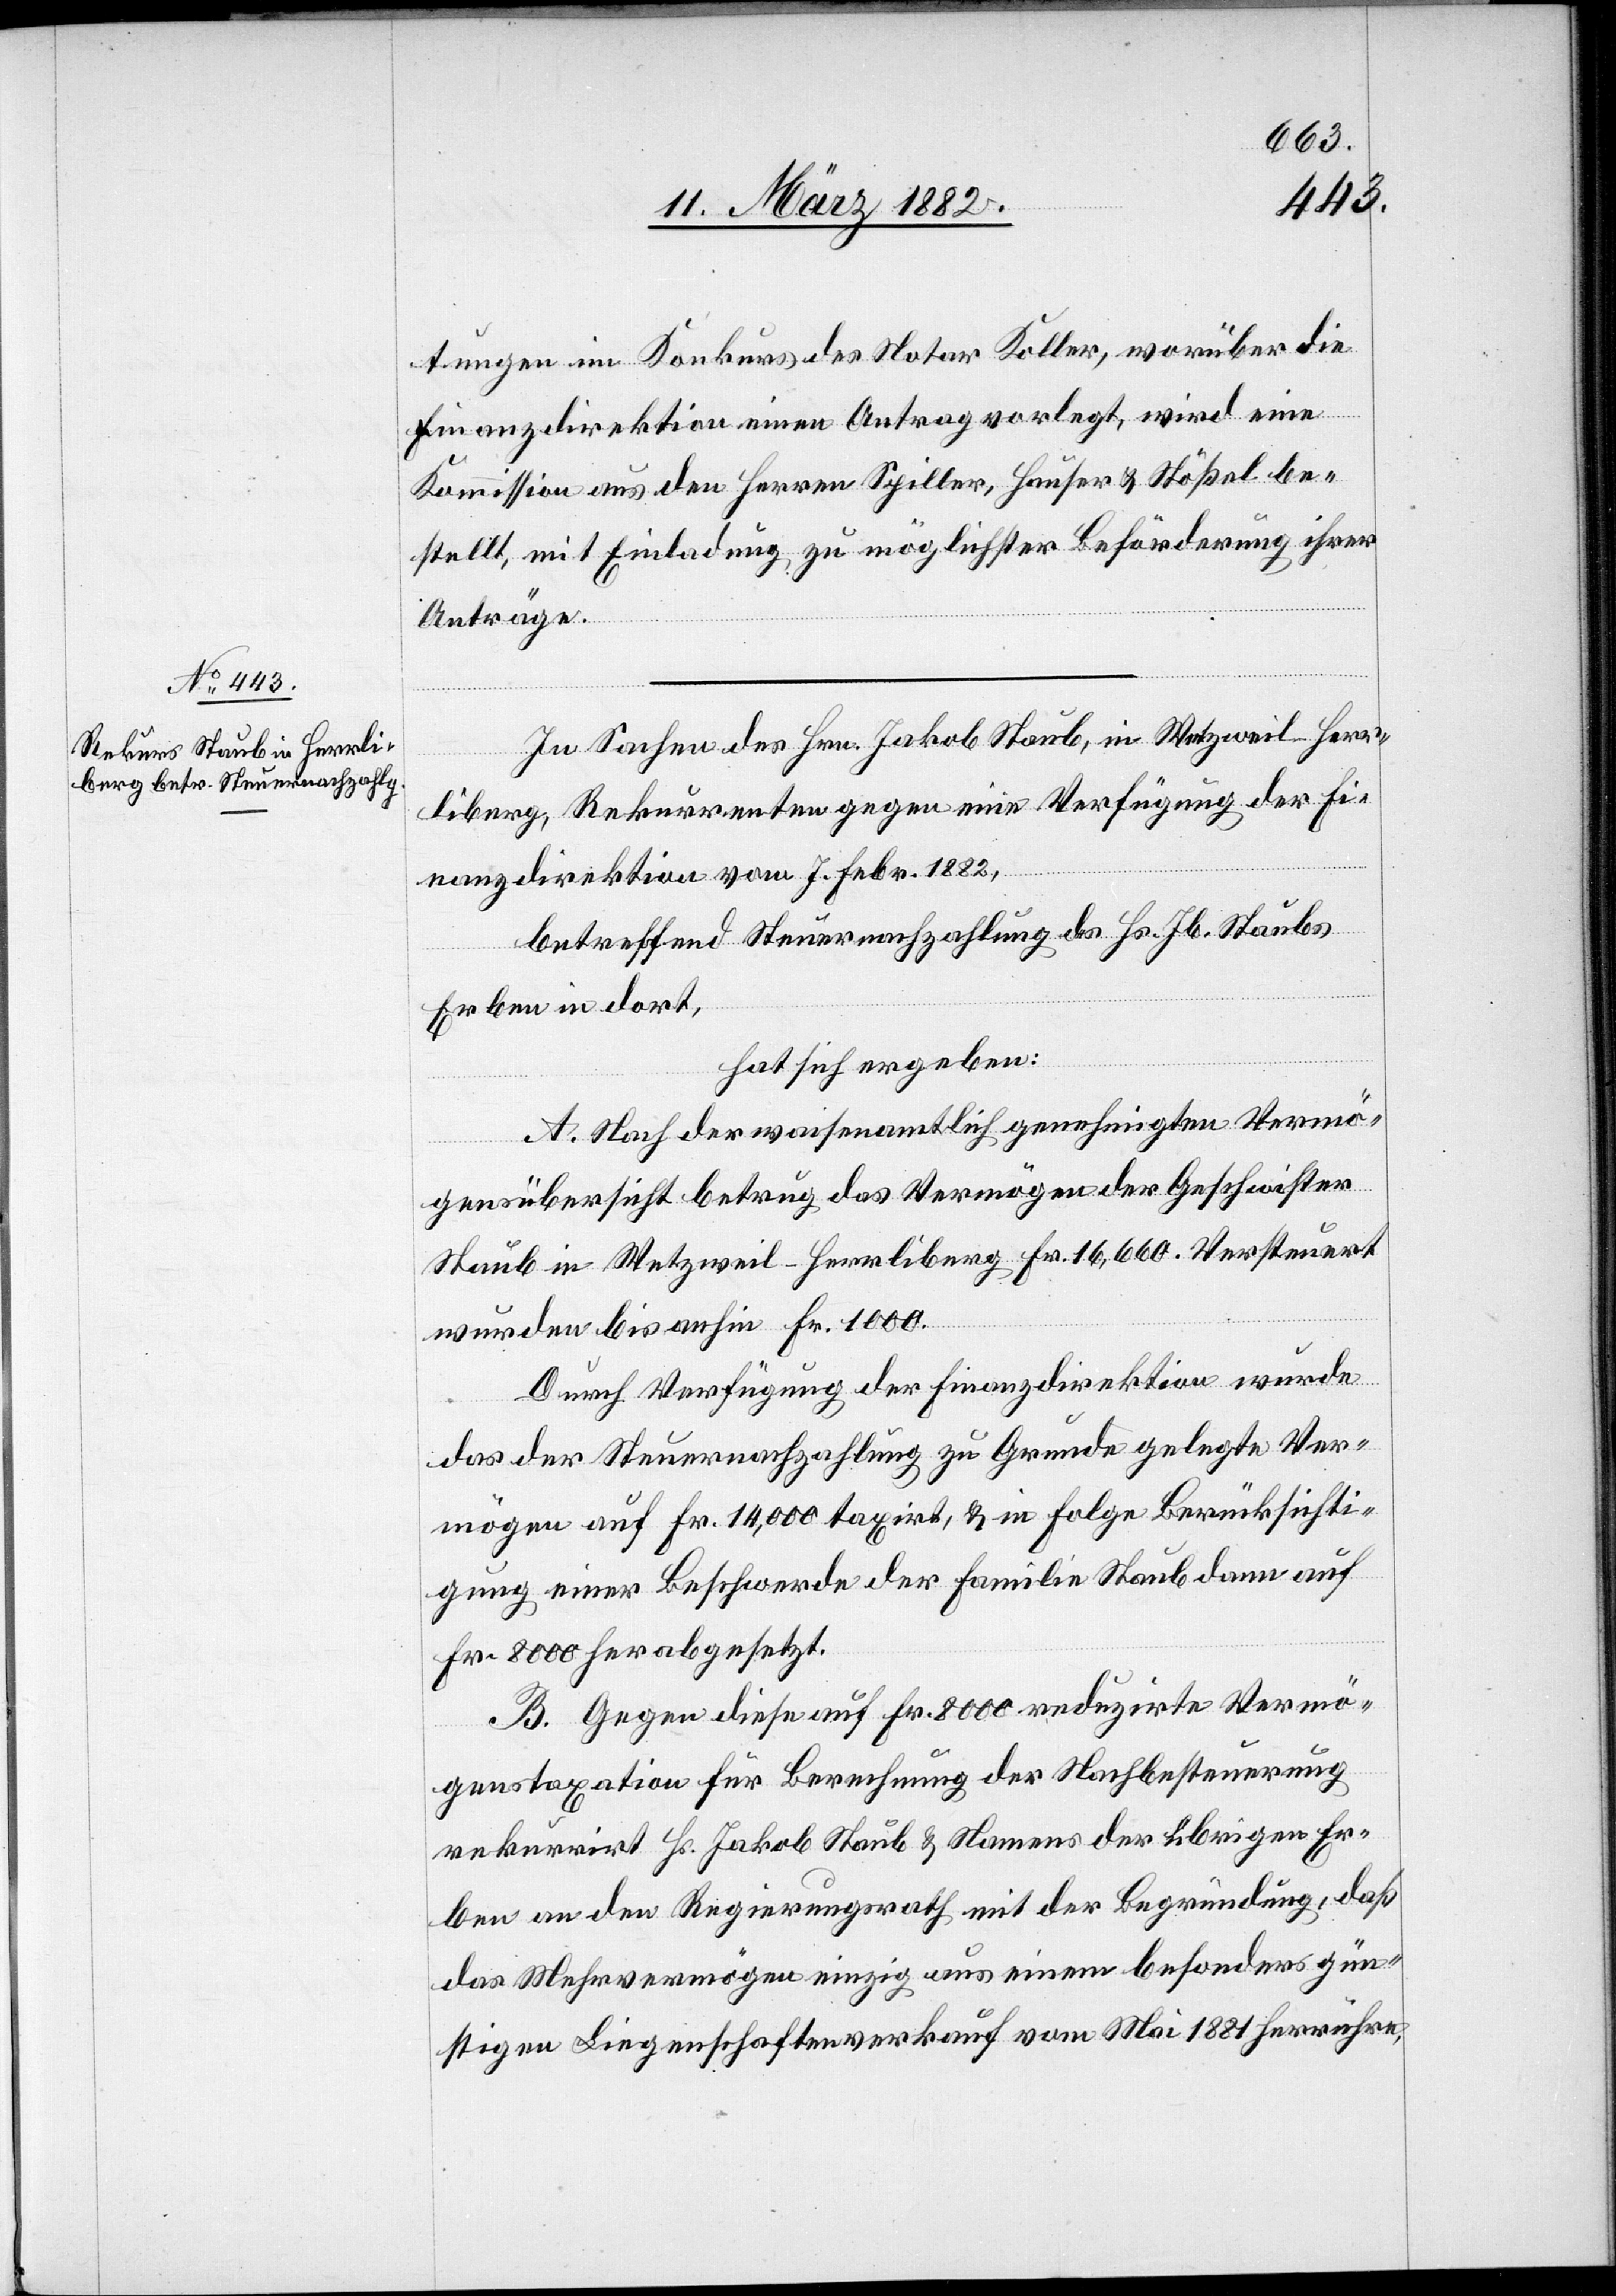
tungen im Konkurs des Notar Koller, worüber die
Finanzdirektion einen Antrag vorlegt, wird eine
Kommission aus den Herren Spiller, Hauser & Stößel be¬
stellt, mit Einladung zu möglichster Beförderung ihrer
Anträge.
In Sachen des Hrn. Jakob Staub, in Wetzweil, Herr¬
liberg, Rekurrenten gegen eine Verfügung der Fi¬
nanzdirektion vom 7. Febr. 1882,
betreffend Steuernachzahlung des Hs. Jb. Staubs
Erben in dort,
hat sich ergeben:
A. Nach der waisenamtlich genehmigten Vermö¬
gensübersicht betrug das Vermögen der Geschwister
Staub in Wetzweil - Herrliberg Fr. 16,600. Versteuert
wurden bis anhin Fr. 1000.
Durch Verfügung der Finanzdirektion wurde
das der Steuernachzahlung zu Grunde gelegte Ver¬
mögen auf Fr. 14,400 taxirt, & in Folge Berücksichti¬
gung einer Beschwerde der Familie Staub dann auf
Fr. 8000 herabgesetzt.
B. Gegen diese auf Fr. 8000 reduzirte Vermö¬
genstaxation für Berechnung der Nachbesteuerung
rekurrirt Hs. Jakob Staub & Namens der übrigen Er¬
ben an den Regierungsrath mit der Begründung, daß
das Mehrvermögen einzig aus einem besonders gün¬
stigen Liegenschaftenverkauf vom Mai 1881 herrühre,